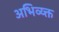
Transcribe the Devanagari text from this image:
अभिव्य्क्त